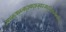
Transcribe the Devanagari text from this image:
म्फ्व्म्द्फ्म्न्फ्द्श्फ्द्श्ज्क्स्ज्फ्द्ज्ख्स्र्फिप्स्व्झ्र्